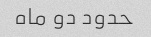
حدود دو ماه